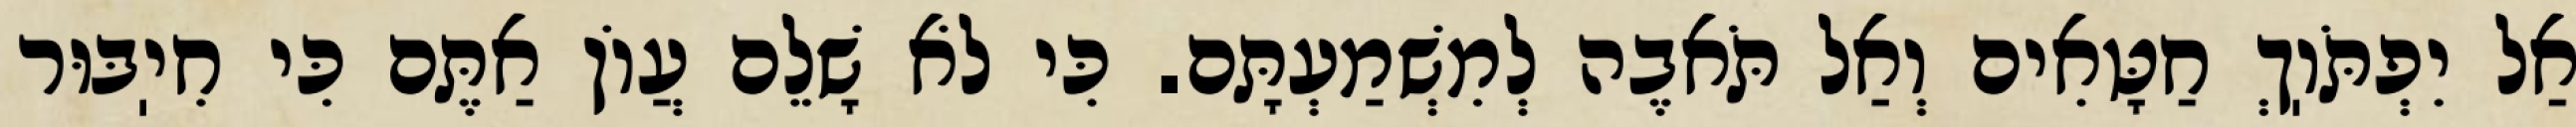
אַל יִפְתֹּוֽךְ חַטָּאִים וְאַל תֹּאבֶה לְמִשְׁמַעְתָּם. כִּי לֹא שָׁלֵם עֲוֹן אַתֶּם כִּי חִיֽבּוּר